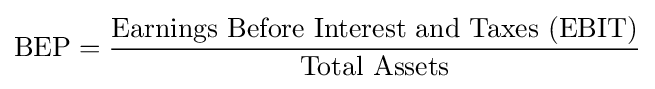
{\text{BEP}}={\frac {\text{Earnings Before Interest and Taxes (EBIT)}}{\text{Total Assets}}}